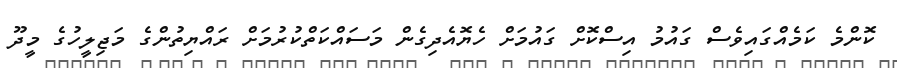
ކޮންމެ ކަމެއްގައިވެސް ގައުމު އިސްކޮށް ގައުމަށް ހެޔޮއެދިގެން މަސައްކަތްކުރުމަށް ރައްޔިތުންގެ މަޖިލީހުގެ މީދޫ